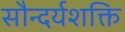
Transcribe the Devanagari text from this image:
सौन्दर्यशक्ति